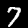
Digit: 7